Report of the Municipal Commissioner on the plague in Bombay for the year ending 31st May... - Volume 3
Disease focus: Plague
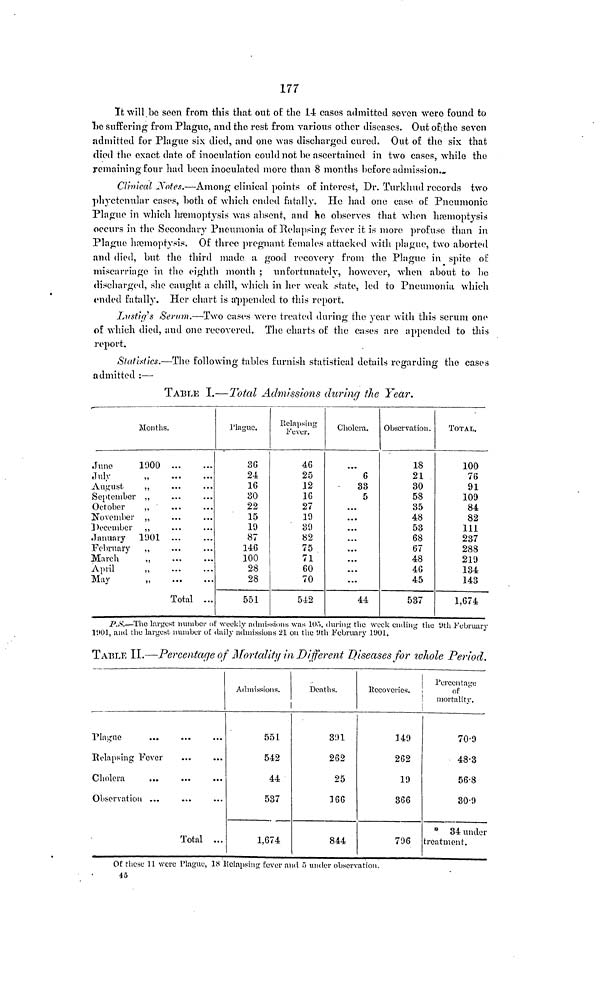
177
It will be seen from this that out of the 14 cases admitted seven were found to
be suffering from Plague, and the rest from various other diseases. Out of the seven
admitted for Plague six died, and one was discharged cured. Out of the six that
died the exact date of inoculation could not he ascertained in two cases, while the
remaining four had been inoculated more than 8 months before admission...
Clinical Notes.—Among clinical points of interest, Dr. Turkhud records two
phyctenular cases, both of which ended fatally. He had one case of Pneumonic
Plague in which hæmoptysis was absent, and ho observes that when hæmoptysis
occurs in the Secondary Pneumonia of Relapsing fever it is more profuse than in
Plague hæmoptysis. Of three pregnant females attacked with plague, two aborted
and died, but the third made a good recovery from the Plague in spite of
miscarriage in the eighth month ; unfortunately, however, when about to be
discharged, she caught a chill, which in her weak state, led to Pneumonia which
ended fatally. Her chart is appended to this report.
Lu stig's Serum.—Two cases were treated during the year with this serum one
of which died, and one recovered. The charts of the cases are appended to this
report.
Statistics.—The following tables furnish statistical details regarding the cases
admitted :—
TABLE I.—Total Admissions during the Year.
Months.
June
1000
July
„
August
,,
September ,,
October
„
November „
December ,,
January
1901
February
,,
March
„
April
„
May
„
Total ...
Plague.
36
24
16
30
22
15
10
87
146
100
28
28
551
Relapsing
Fever.
46
25
12
16
27
10
30
82
75
71
60
70
542
Cholera.
6
33
5
...
...
...
...
...
...
...
...
44
Observation.
18
21
30
58
35
48
53
68
67
48
46
45
537
TOTAL.
100
76
91
109
84
82
111
237
288
219
134
143
1,674
P.,S.—The largest number of weekly admissions was 105, during the week ending the 9th February
1901, and the largest number of daily admissions 21 on the 9thi February 1901.
TABLE II.—Percentage of Mortality in Different Diseases for wliole Period.
Plague
Relapsing Fever
Cholera
Observation ...
Total ...
Admissions.
551
542
44
537
1,674
Deaths.
301
262
25
166
844
Recoveries.
140
262
10
366
706
Percentage
of "
mortality.
70.0
48.3
56.8
30.0
* 34 under
treatment.
Of these 11 were Plague, 18 Relapsing fever and 5 under observation.
45